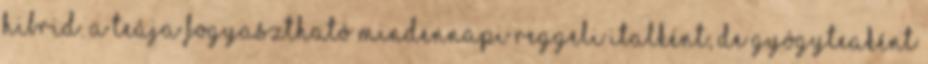
hibrid. A teája fogyasztható mindennapi reggeli italként, de gyógyteaként